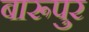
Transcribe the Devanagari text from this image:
बारूपुर